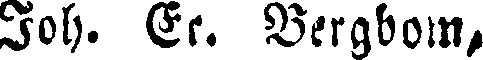
Joh. Er. Bergbom,